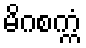
မိဂစက္ကံ